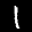
Label: 1